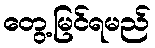
တွေ့မြင်ရမည်